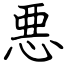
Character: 悪